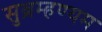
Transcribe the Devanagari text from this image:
सुब्रम्हण्यम